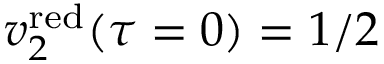
v _ { 2 } ^ { \mathrm { r e d } } ( \tau = 0 ) = 1 / 2